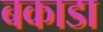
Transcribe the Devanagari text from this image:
बकाडा